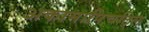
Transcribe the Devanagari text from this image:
अकामापिचट्लि